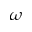
\omega